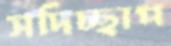
সদিচ্ছাপ